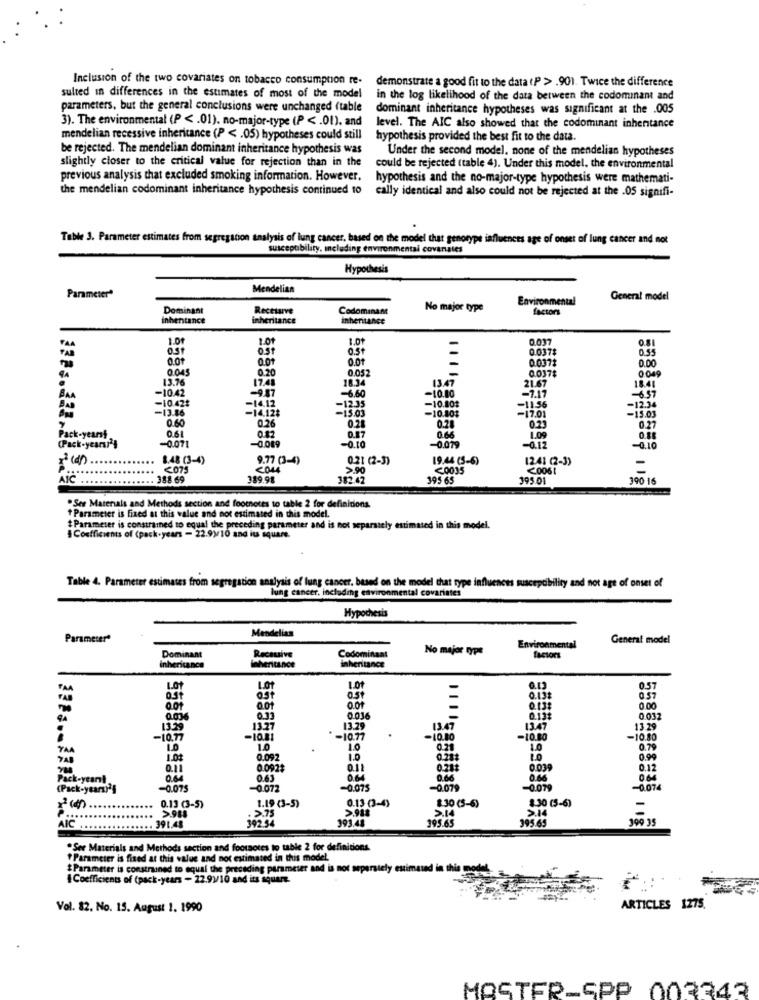
Inclusion of the two covariates on tobacco consumption re-
demonstrate a good fit to the data (P > . 901. Twice the difference
sulted in differences in the estimates of most of the model
in the log likelihood of the data between the codominant and
parameters, but the general conclusions were unchanged (table
dominant inheritance hypotheses was significant at the .005
3). The environmental (P < . 01). no-major-type (P < . 01). and
level. The AIC also showed that the codominant inheritance
mendelian recessive inheritance (P < . 05) hypotheses could still
hypothesis provided the best fit to the data.
be rejected. The mendelian dominant inheritance hypothesis was
slightly closer to the critical value for rejection than in the
Under the second model. none of the mendelian hypotheses
could be rejected (table 4). Under this model. the environmental
previous analysis that excluded smoking information. However.
hypothesis and the no-major-type hypothesis were mathemati-
the mendelian codominant inheritance hypothesis continued to
cally identical and also could not be rejected at the .05 signifi-
Table 3. Parameter estimates from segregation analysis of lung cancer, based on the model that genotype influences age of onset of lung cancer and not
susceptibility, including environmental covanates
Hypothesis
Mendelian
Parameter*
Environmental
General model
Dominant
Receive
Codominant
No major type
factors
inhentance
inheritance
inheritance
1.01
1.01
1.01
0.037
FAA
0.St
0.5t
Ost
0.037
0.55
0.01
-
0.0371
0.00
0.045
0.20
0.052
-
0.037$
0 049
13.76
17.41
18.34
13:47
21.67
18.41
-10.42
-9.87
-10.00
-7.17
-10.42₺
-14.12
-6.60
-10.80$
-11.56
-6.57
-13.86
-14.12$
-12.35
-15.03
-10.80$
-17.01
-15.01
-12.34
0.60
0.26
0.21
0.28
0.23
0.27
Pack-yearsy
-0.071
0.61
0.42
0.87
0.66
1.09
0.88
(Pack-years)'}
-0.089
-0.10
-0.079
-0.12
-0.10
8.48 (3-4)
9.77 (3-4)
0.21 (2-3)
19.44 (5-6)
12.41 (2-3)
<075
>.90
<0035
<0061
AIC
388.69
389.98
382.42
395 65
195 01
390 16
.See Marenals and Methods section and footnotes to table 2 for definitions.
Parameter is fixed at this value and not estimated in this model.
# Parameter is constrained to equal the preceding parameter and is not separately
mated in this model.
Coefficients of (pack-years - 22.9)/10 and its square.
Table 4. Parameter estimates from segregation analysis of lung cancer. based on the model that type influences suscepcibility and not age of onset of
lung cancer, including environmental covariates
Hypothesis
Mendelian
Parameter*
General model
No major type
Environmental
Dominant
imhentance
Recsuive
Codominant
inheritance
factors
inheritance
LO
LOT
1.01
0.13
0.57
0.51
0.57
0.01
0.0f
-
0.131
0.00
0.006
0.33
0.036
0.032
13.29
13.27
13.29
13.47
13:47
13.29
-10.77
-10.21
-10.77
-10.80
-10.80
-10.80
YAA
1.0
1.0
0.28
1.0
0.79
1.03
0.09
1.0
0.28$
0.99
0.11
0.092
0.11
0.28$
0.03
0.12
Pack-yearl
0.63
0.66
0.64
(Pack-years)']
-0.075
0.072
-0.075
-0.079
-0.079
-0.074
0.13 (3-4)
0.13 (3-5)
1.19 (3-5)
>.988
8.30 (5-6)
S.14
1.30 (5-6)
392 34
. >.75
393.48
395.65
395.65
109 35
AIC .
.. 391.48
*Ser Materials and Methods section and foorsotes to table 2 for definitions.
Parameter is fixed at this value and not estimated in this model.
Parameter is constrained to equal the preceding parameter and is not seperately estima
in this
Coefficients of (pack-years - 22.91/10 and its square.
Vol. 82. No. 15. August 1. 1990
ARTICLES 1275.
MASTER-SPP 003343